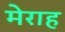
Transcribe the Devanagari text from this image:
मेराह